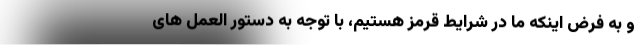
و به فرض اینکه ما در شرایط قرمز هستیم، با توجه به دستور العمل ‌های